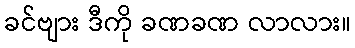
ခင်ဗျား ဒီကို ခဏခဏ လာလား။